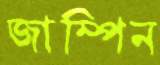
জাম্পিন